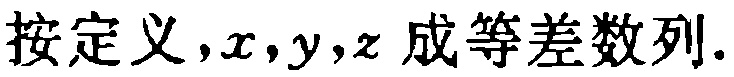
按定义，\(x,y,z\) 成等差数列.